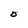
Character: O